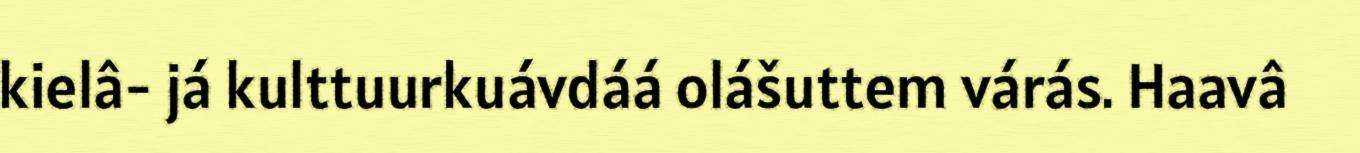
kielâ- já kulttuurkuávdáá olášuttem várás. Haavâ